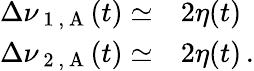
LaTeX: \begin{array}{rl}{\Delta\nu_{\mathrm{~1~,~A~}}(t)\simeq}&{{}2\eta(t)}\\ {\Delta\nu_{\mathrm{~2~,~A~}}(t)\simeq}&{{}2\eta(t)\, .}\end{array}